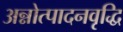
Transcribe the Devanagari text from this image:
अन्नोत्पादनवृद्धि